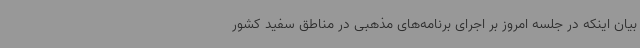
بیان اینکه در جلسه امروز بر اجرای برنامه‌های مذهبی در مناطق سفید کشور